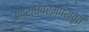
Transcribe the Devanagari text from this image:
अपराधपरम्परावृतं